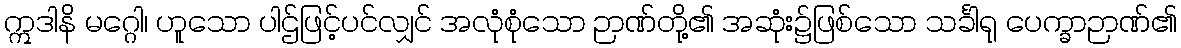
ဣဒါနိ မဂ္ဂေါ၊ ဟူသော ပါဌ်ဖြင့်ပင်လျှင် အလုံစုံသော ဉာဏ်တို့၏ အဆုံး၌ဖြစ်သော သင်္ခါရု ပေက္ခာဉာဏ်၏